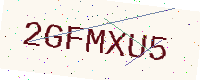
Text: 2GFMXU5